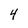
Character: 4